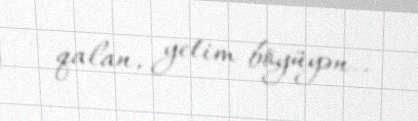
qalan, yetim böyüyən..